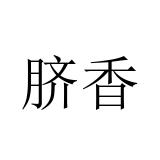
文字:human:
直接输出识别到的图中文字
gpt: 脐香